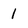
Character: 1